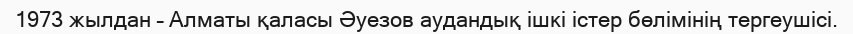
1973 жылдан – Алматы қаласы Әуезов аудандық ішкі істер бөлімінің тергеушісі.